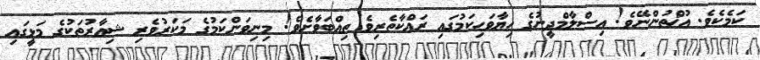
ކަމެކެވެ. އުޚްތުންނޭވެ! އިސްލާމްދީނުގެ ހިޔާވަހިކަމުގައި ރައްކާތެރިވެ ތިއްބަވާށެވެ! މިނިވަންކަމުގެ މަކަރުވެރި ޝިޢާރުތަކުގެ މަޅީގައި